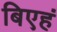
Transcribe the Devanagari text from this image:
बिएहं